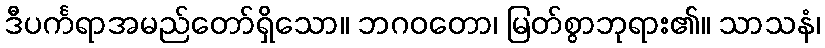
ဒီပင်္ကရာအမည်တော်ရှိသော။ ဘဂဝတော၊ မြတ်စွာဘုရား၏။ သာသနံ၊